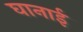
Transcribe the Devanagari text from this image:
घानाई